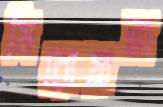
মিরোস্লাভা